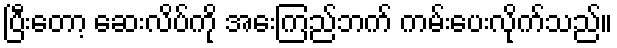
ပြီးတော့ ဆေးလိပ်ကို အေးကြည်ဘက် ကမ်းပေးလိုက်သည်။